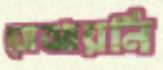
বোঝায়নি